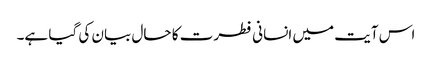
اس آیت میں انسانی فطرت کا حال بیان کی گیا ہے۔